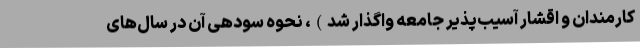
کارمندان و اقشار آسیب‌پذیر جامعه واگذار شد)، نحوه سودهی آن در سال‌های